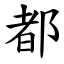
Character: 都